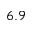
6 . 9